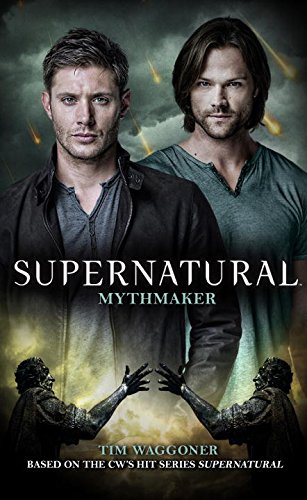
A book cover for Supernatural - Mythmaker; Tim Waggoner; Science Fiction & Fantasy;